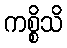
ကစ္စိသိ